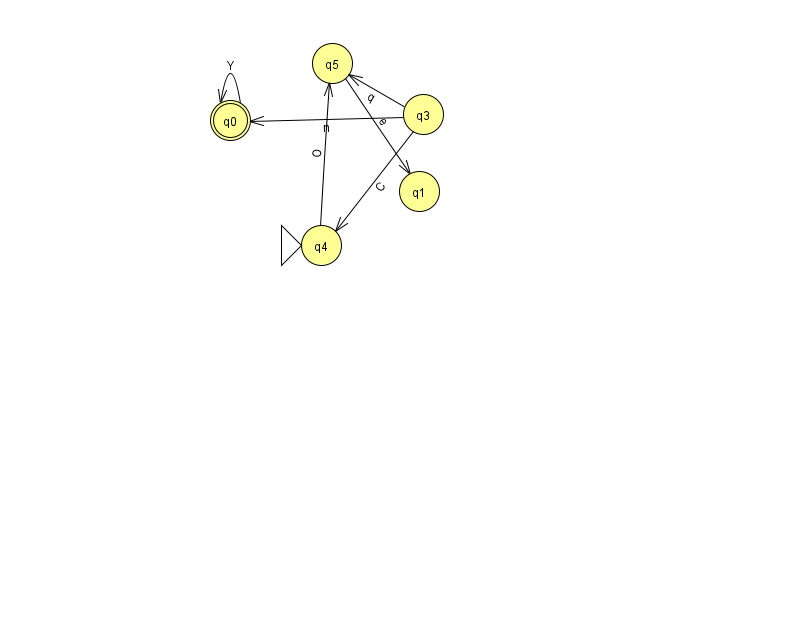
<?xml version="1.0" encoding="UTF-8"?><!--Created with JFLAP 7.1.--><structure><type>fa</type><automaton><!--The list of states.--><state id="0" name="q0"><x>230.0</x><y>107.0</y><final/></state><state id="1" name="q1"><x>419.0</x><y>178.0</y></state><state id="3" name="q3"><x>423.0</x><y>101.0</y></state><state id="4" name="q4"><x>321.0</x><y>232.0</y><initial/></state><state id="5" name="q5"><x>332.0</x><y>50.0</y></state><!--The list of transitions.--><transition><from>3</from><to>4</to><read>C</read></transition><transition><from>0</from><to>0</to><read>Y</read></transition><transition><from>3</from><to>5</to><read>q</read></transition><transition><from>4</from><to>5</to><read>O</read></transition><transition><from>5</from><to>1</to><read>e</read></transition><transition><from>3</from><to>0</to><read>n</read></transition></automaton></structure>